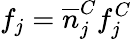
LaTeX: f_{j}=\overline{n}_{j}^{C}f_{j}^{C}